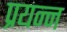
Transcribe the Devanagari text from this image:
प्रयन्न